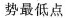
势最低点